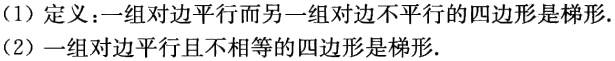
(1) 定义：一组对边平行而另一组对边不平行的四边形是梯形.
(2) 一组对边平行且不相等的四边形是梯形.